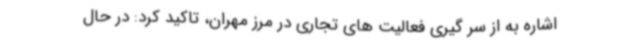
اشاره به از سر گیری فعالیت های تجاری در مرز مهران، تاکید کرد: در حال